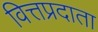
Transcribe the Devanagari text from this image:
वित्तप्रदाता